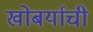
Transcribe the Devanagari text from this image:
खोबर्याची